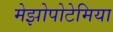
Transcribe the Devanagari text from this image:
मेझोपोटेमिया